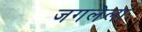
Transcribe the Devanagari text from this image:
जगलेला